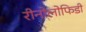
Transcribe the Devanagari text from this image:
रीनोलोफिडी